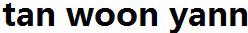
TAN WOON YANN